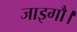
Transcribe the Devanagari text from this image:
जाइगौ।